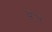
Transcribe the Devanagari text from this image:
च्वेजे